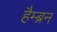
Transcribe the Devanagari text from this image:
हैम्ब्रन